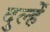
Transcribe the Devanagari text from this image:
दुल्हेँ